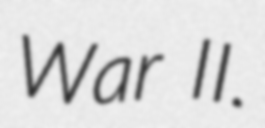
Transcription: War II.